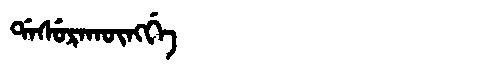
Manchu: ᡩᠠᠰᡠᡵᠠᡴᡡᠩᡤᡝ
Romanization: DASURAKŪNGGE